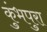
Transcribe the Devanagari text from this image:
कुंभपुरा